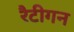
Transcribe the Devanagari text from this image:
रैटीगन